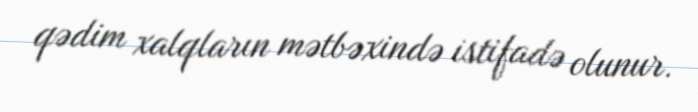
qədim xalqların mətbəxində istifadə olunur.